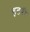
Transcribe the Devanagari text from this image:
हटरी